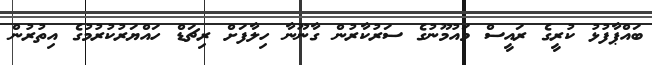
ބައްޕާފުޅު ކުރީގެ ރައީސް މައުމޫނުގެ ސަރުކާރުން ގާނޫނާ ހިލާފަށް ރިޗަޑް ހައްޔަރުކުރުމުގެ އިތުރުން